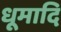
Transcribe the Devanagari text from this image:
धूमादि